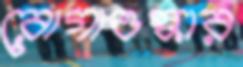
রোগাওস্কার